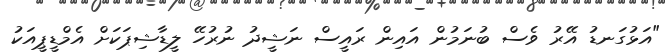
"އަޅުގަނޑު އޭރު ވެސް ބުނަމުން އައިން ރައީސް ނަޝީދު ނުރުހޭ ލީޑާޝިޕަކަށް އެމްޑީޕީއަކު